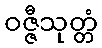
ဝဇ္ဇီသုတ္တံ